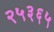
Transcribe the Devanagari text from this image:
२५३६५